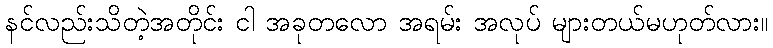
နင်လည်းသိတဲ့အတိုင်း ငါ အခုတလော အရမ်း အလုပ် များတယ်မဟုတ်လား။